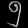
Digit: ၅